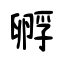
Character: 孵